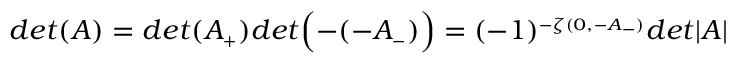
d e t ( A ) = d e t ( A _ { \scriptscriptstyle + } ) d e t \Bigl ( - ( - A _ { \scriptscriptstyle - } ) \Bigr ) = ( - 1 ) ^ { \scriptscriptstyle - \zeta ( 0 , - A _ { \scriptscriptstyle - } ) } d e t \vert A \vert